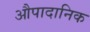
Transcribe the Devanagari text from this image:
औपादानिक